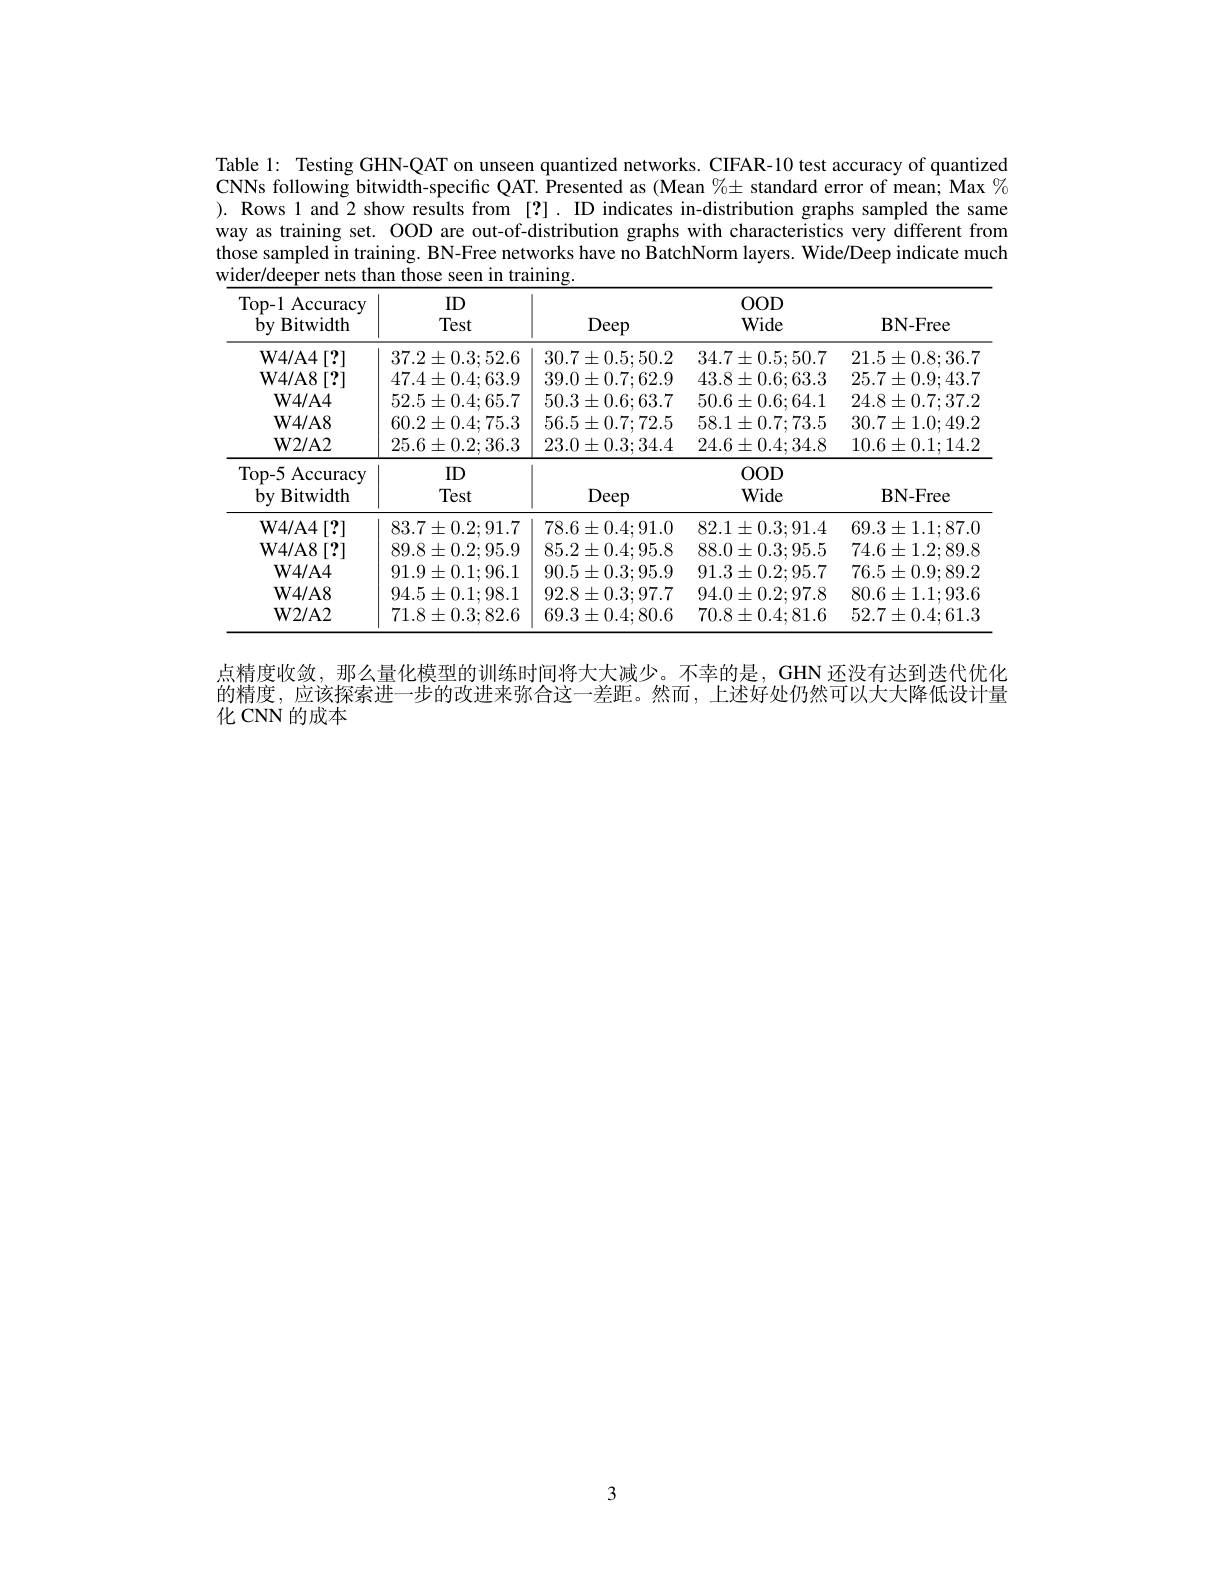
Table 1: Testing GHN-QAT on unseen quantized networks. CIFAR-10 test accuracy of quantized CNNs following bitwidth-specific QAT. ÎPresented as (Mean %± standard error of mean; Max $\%$ ). Rows 1 and 2 show results from [?]. ID indicates in-distribution graphs sampled the same way as training set. OOD are out-of-distribution graphs with characteristics very different from those sampled in training. BN-Free networks have no BatchNorm layers. Wide/Deep indicate much wider/deeper nets than those seen in training.

<table>
	<tbody>
		<tr>
			<th>Top-1 Accuracy $by$ Bitwidth</th>
			<th>ID Test</th>
			<th>Deep</th>
			<th>$00D$ Wide</th>
			<th>$\mathbf{BN-Free}$</th>
		</tr>
		<tr>
			<td>$\mathbf{W4/A4}$ 1[2]</td>
			<td>$37.2\pm0.3;52.6$</td>
			<td>$30.7\pm0.5;50.2$</td>
			<td>$34.7\pm0.5;50.7$</td>
			<td>$21.5\pm0.8;36.7$</td>
		</tr>
		<tr>
			<td>$\mathbf{W}4/\mathbf{A}8$ 3 [?]</td>
			<td>$47.4\pm0.4;63.9$</td>
			<td>$39.0\pm0.7{:}62.9$</td>
			<td>$43.8\pm0.6;63.3$</td>
			<td>$25.7\pm0.9;43.7$</td>
		</tr>
		<tr>
			<td>$\mathbf{W}4/\mathbf{A}4$</td>
			<td>$52.5\pm0.4;65.7$</td>
			<td>$50.3\pm0.6;63.7$</td>
			<td>$50.6\pm0.6;64.1$</td>
			<td>$24.8\pm0.7;37.2$</td>
		</tr>
		<tr>
			<td>$\mathbf{W}4/\mathbf{A}8$</td>
			<td>$60.2\pm0.4;75.3$</td>
			<td>$56.5\pm0.7{:}72.5$</td>
			<td>$58.1\pm0.7;73.5$</td>
			<td>$30.7\pm1.0;49.2$</td>
		</tr>
		<tr>
			<td>$\mathbf{W}2/\mathbf{A}2$</td>
			<td>$25.6\pm0.2;36.3$</td>
			<td>$23.0\pm0.3;34.4$</td>
			<td>$24.6\pm0.4;34.8$</td>
			<td>$10.6\pm0.1;14.2$</td>
		</tr>
		<tr>
			<td>Top- 5. ${\mathrm{~Accuracy}}$ $by$ Bitwidth</td>
			<td>ID Test</td>
			<td>Deep</td>
			<td>$OOD$ Wide</td>
			<td>$\mathbf{BN-Free}$</td>
		</tr>
		<tr>
			<td>$\mathbf{W4/A4}$ 1[2]</td>
			<td>$83.7\pm0.2;91.7$</td>
			<td>$78.6\pm0.4;91.0$</td>
			<td>$82.1\pm0.3;91.4$</td>
			<td>$69.3\pm1.1;87.0$</td>
		</tr>
		<tr>
			<td>$\mathbf{W}4/\mathbf{A}8$ $8\left[?\right]$</td>
			<td>$89.8\pm0.2;95.9$</td>
			<td>$85.2\pm0.4;95.8$</td>
			<td>$88.0\pm0.3;95.5$</td>
			<td>$74.6\pm1.2;89.8$</td>
		</tr>
		<tr>
			<td>$\mathbf{W}4/\mathbf{A}4$</td>
			<td>$91.9\pm0.1;96.1$</td>
			<td>$90.5\pm0.3;95.9$</td>
			<td>$91.3\pm0.2;95.7$</td>
			<td>$76.5\pm0.9;89.2$</td>
		</tr>
		<tr>
			<td>$\mathbf{W}4/\mathbf{A}8$</td>
			<td>$94.5\pm0.1;98.1$</td>
			<td>$92.8\pm0.3;97.7$</td>
			<td>$94.0\pm0.2;97.8$</td>
			<td>$80.6\pm1.1;93.6$</td>
		</tr>
		<tr>
			<td>$\mathbf{W2/A2}$</td>
			<td>$71.8\pm0.3;82.6$</td>
			<td>$69.3\pm0.4;80.6$</td>
			<td>$70.8\pm0.4;81.6$</td>
			<td>$52.7\pm0.4;61.3$</td>
		</tr>
	</tbody>
</table>

点精度收敛，那么量化模型的训练时间将大大减少。不幸的是，GHN 还没有达到迭代优化的精度，应该探索进一步的改进来弥合这一差距。然而，上述好处仍然可以大大降低设计量化 CNN 的成本

3